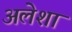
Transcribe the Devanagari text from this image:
अलेशा